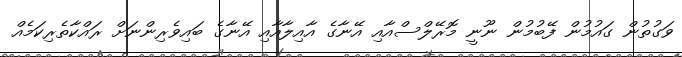
ވަގުތުން ގައުމުން ފޭބުމުން ނޫނީ މޮރޭލްސްއާއި އޭނާގެ އާއިލާއާއި އޭނާގެ ބައިވެރިންނަށް ރައްކާތެރިކަމެއް